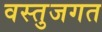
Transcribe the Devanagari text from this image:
वस्तुजगत